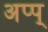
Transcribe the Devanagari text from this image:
अप्प्